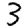
Digit: 3